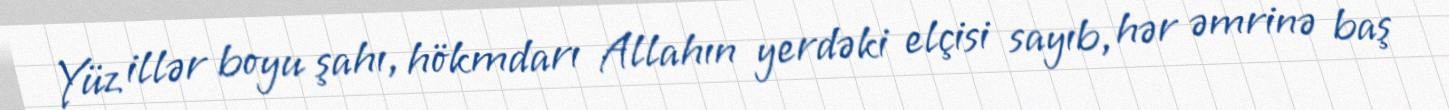
Yüz illər boyu şahı, hökmdarı Allahın yerdəki elçisi sayıb, hər əmrinə baş